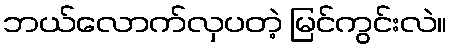
ဘယ်လောက်လှပတဲ့ မြင်ကွင်းလဲ။